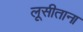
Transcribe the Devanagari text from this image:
लूसीताना